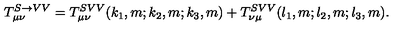
T _ { \mu \nu } ^ { S \rightarrow V V } = T _ { \mu \nu } ^ { S V V } ( k _ { 1 } , m ; k _ { 2 } , m ; k _ { 3 } , m ) + T _ { \nu \mu } ^ { S V V } ( l _ { 1 } , m ; l _ { 2 } , m ; l _ { 3 } , m ) .